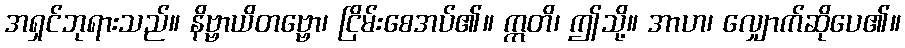
အရှင်ဘုရားသည်။ နိဗ္ဗာယိတဗ္ဗော၊ ငြိမ်းစေအပ်၏။ ဣတိ၊ ဤသို့။ အာဟ၊ လျှောက်ဆိုပေ၏။